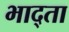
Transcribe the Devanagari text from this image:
भाद्ता